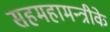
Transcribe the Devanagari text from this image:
सहमहामन्त्रीके